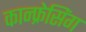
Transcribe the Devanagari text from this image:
कान्फ्रेसिंग